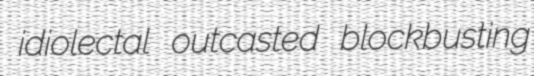
idiolectal outcasted blockbusting